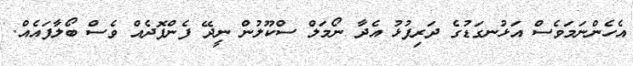
އެހެންނަމަވެސް އަޅުނގަޑުގެ ދަރިފުޅު އެދާ ނޯމަލް ސްކޫލުން ނީދޭ ފެންފޮދެއް ވެސް ބޯލާފައެއް.